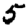
Digit: 5